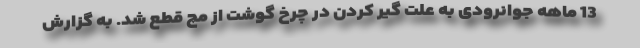
13 ماهه جوانرودی به علت گیر کردن در چرخ گوشت از مچ قطع شد. به گزارش